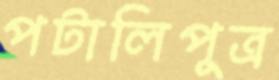
পটালিপুত্র